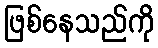
ဖြစ်နေသည်ကို